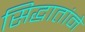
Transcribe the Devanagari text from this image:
सिद्धातांने